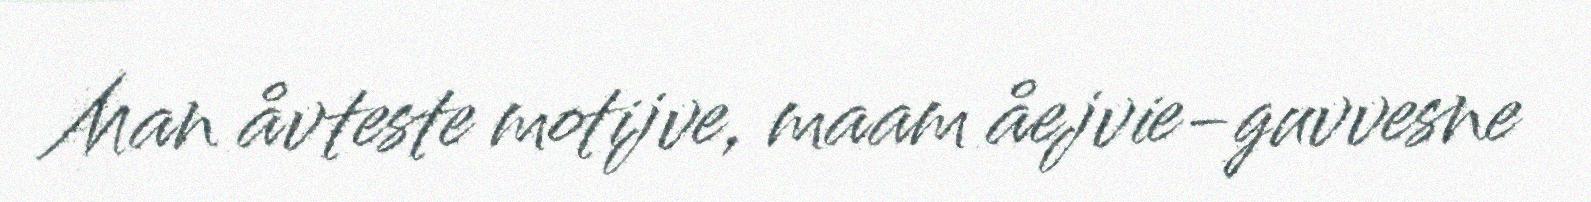
Man åvteste motijve, maam åejvie-guvvesne